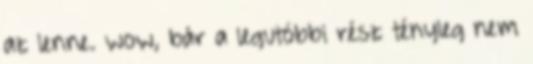
az lenne. wow, bár a legutóbbi rész tényleg nem